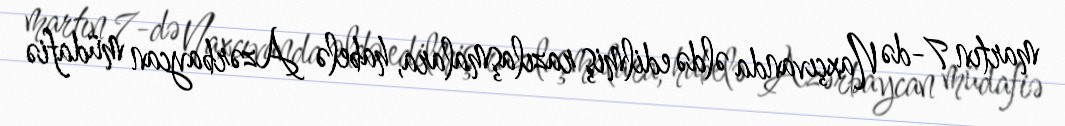
martın 7-də Naxçıvanda əldə edilmiş razılaşmalara, habelə Azərbaycan müdafiə